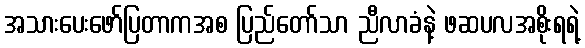
အသားပေးဖော်ပြတာကအစ ပြည်တော်သာ ညီလာခံနဲ့ ဖဆပလအစိုးရရဲ့